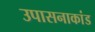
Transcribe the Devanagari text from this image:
उपासनाकांड